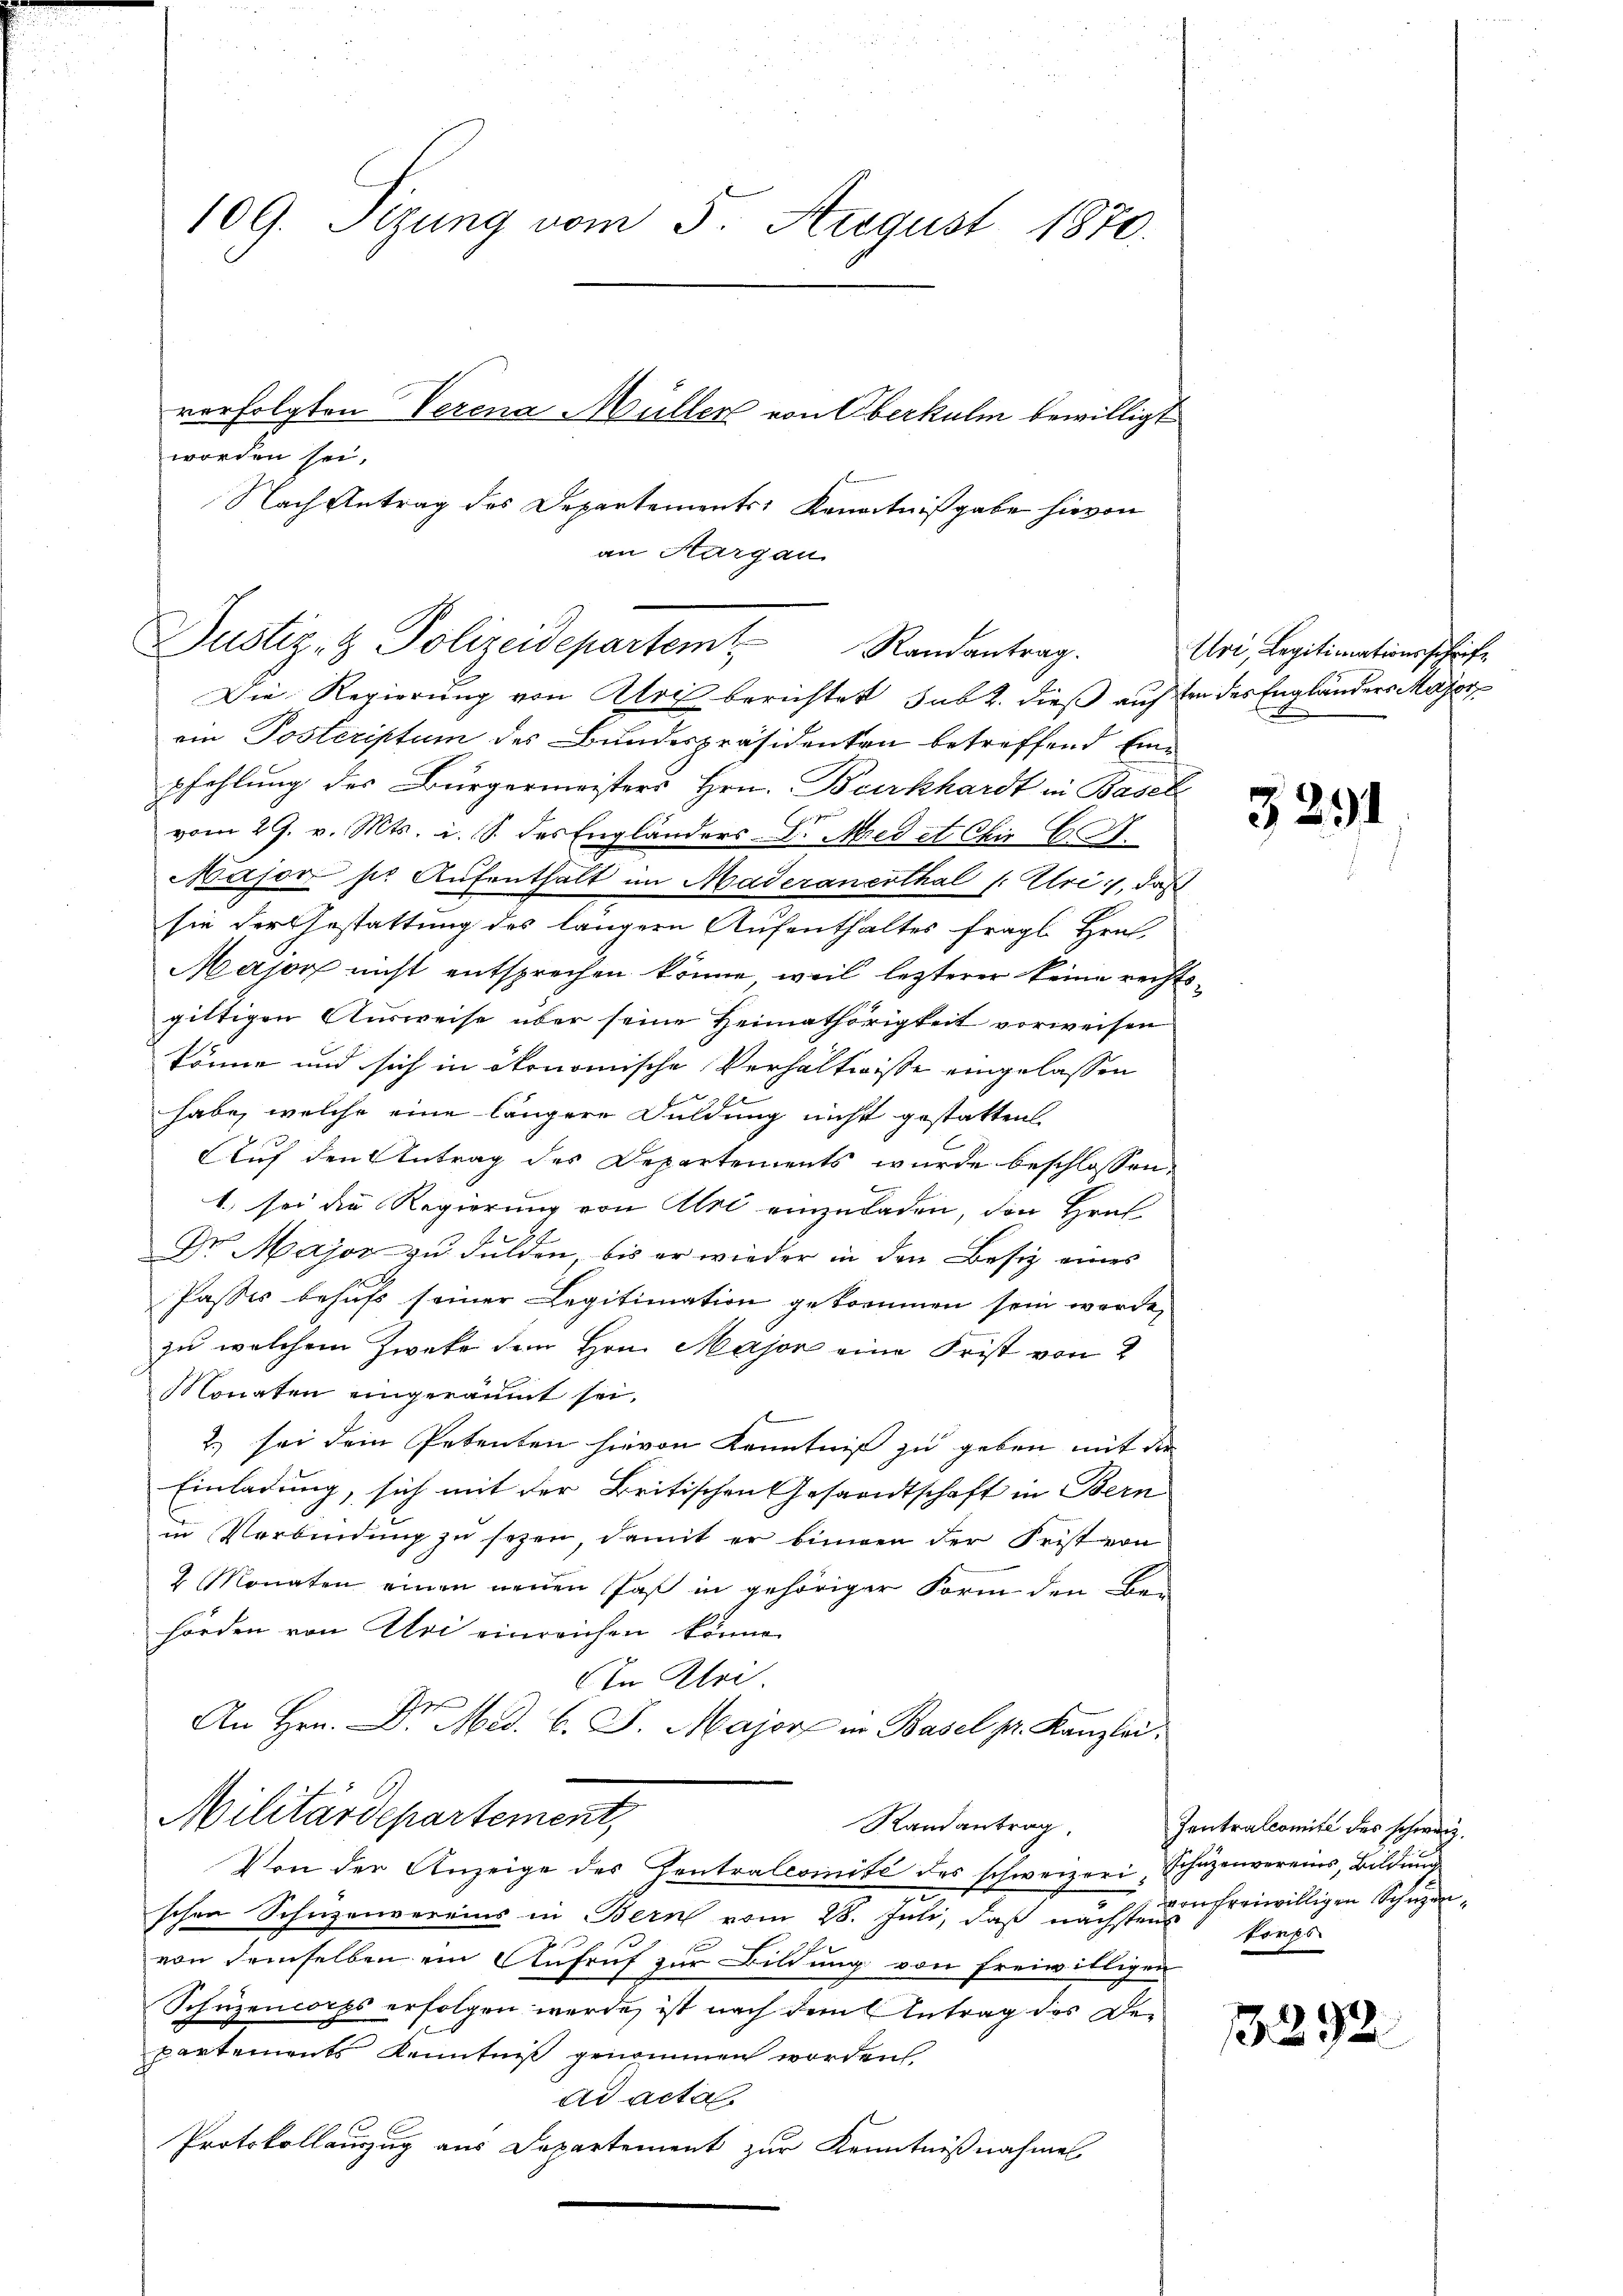
109. Sizung vom 5. August 1870.

worden sei.
Nach Antrag des Departements Kenntnißgabe hievon
an Aargau

verfolgten Verena Müller von Oberkulm bewilligt

Justiz- & Polizeidepartem Randantrag.
Die Regierung von Alois berichtet sub 2. dieß auften des Engländers Major

ein Posteriptum des Bundespräsidenten betreffend Einpfehlung des Bürgermeisters Hrn. Burkhardt in Basel
vom 29. v. Mts. i. S. des Engländers-Vr. Medit Chir CA.
Major sie Aufenthält im Maderanerthal (: Uri, daß
sie der Gestattung des längern Aufenthaltes fragl. Hrn.
Major nicht entsprechen könne, weil lezterer keine rechtsgiltigen Ausweise über seine Heimathörigkeit vorweisen
könne und sich in ökonomische Verhältnisse eingelassen
habe, welche eine längere Duldung nicht gestatten.
Auf den Antrag des Departements wurde beschlossen,
1.) sei die Regierung von Uri einzuladen, den Hrn
Dr. Major zu dulden, bis er wieder in den Besiz eines
Passes behufs seiner Legitimation gekommen sein werde,
zu welchem Zweke dem Hrn. Major eine Frist von 2
Monaten eingeräumt sei.
2.) sei dem Petenten hievon Kenntniß zu geben mit der
Einladung, sich mit der Britischen Gesandtschaft in Bern
in Verbindung zu sezen, damit er binnen der Frist von
2 Monaten einen neuen Paß in gehöriger Form den bei
hörden von Uri einreichen könne.
In Klei
An Hrn. Dr. Med. B. J. Major in Basel pr. Kanzlei.
Militärdepartement,
Randantrag.
Von der Anzeige des Zentralcoinité des schweizeri, Schäzenvereins, Bildung
.
schen Schwenvereins in Bern vom 28. Juli, daß nächste in freiwilligen Schuzenvon demselben ein Aufruf zur Bildung von freiwilligen
Schüzencorps erfolgen werde, ist nach dem Antrag des Departements Kenntniß genommen worden
ad acta
Protokollauszug aus Departement zur Kenntnißnahme

Uri, Legitimationsschrift

3291

Zentralcomite des schweiz.
korps

1292.